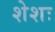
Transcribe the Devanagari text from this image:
शेशः